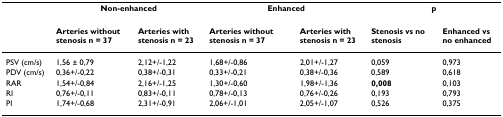
|  | <COLSPAN=2> Non-enhanced | <COLSPAN=2> Enhanced | <COLSPAN=2> p |
 | --- | --- | --- | --- | --- | --- | --- |
 |  | Arteries without stenosis n = 37 | Arteries with stenosis n = 23 | Arteries without stenosis n = 37 | Arteries with stenosis n = 23 | Stenosis vs no stenosis | Enhanced vs no enhanced |
 | PSV (cm/s) | 1,56 ± 0,79 | 2,12+/-1,22 | 1,68+/-0,86 | 2,01+/-1,27 | 0,059 | 0,973 |
 | PDV (cm/s) | 0,36+/-0,22 | 0,38+/-0,31 | 0,33+/-0,21 | 0,38+/-0,36 | 0,589 | 0,618 |
 | RAR | 1,54+/-0,84 | 2,16+/-1,25 | 1,30+/-0,60 | 1,98+/-1,36 | 0,008 | 0,103 |
 | RI | 0,76+/-0,11 | 0,83+/-0,11 | 0,78+/-0,13 | 0,76+/-0,26 | 0,193 | 0,793 |
 | PI | 1,74+/-0,68 | 2,31+/-0,91 | 2,06+/-1,01 | 2,05+/-1,07 | 0,526 | 0,375 |